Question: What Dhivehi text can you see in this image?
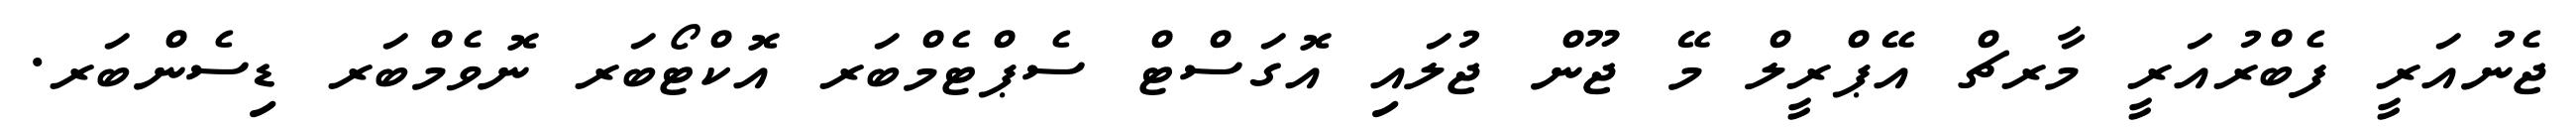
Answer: ޖެނުއަރީ ފެބްރުއަރީ މާރޗް އޭޕްރީލް މޭ ޖޫން ޖުލައި އޮގަސްޓް ސެޕްޓެމްބަރ އޮކްޓޯބަރ ނޮވެމްބަރ ޑިސެންބަރ.